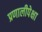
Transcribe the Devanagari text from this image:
प्रणालीपेक्षा